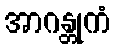
အာဂန္တုကံ